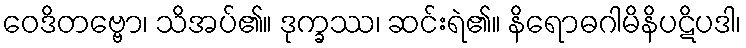
ဝေဒိတဗ္ဗော၊ သိအပ်၏။ ဒုက္ခဿ၊ ဆင်းရဲ၏။ နိရောဓဂါမိနိပဋိပဒါ၊